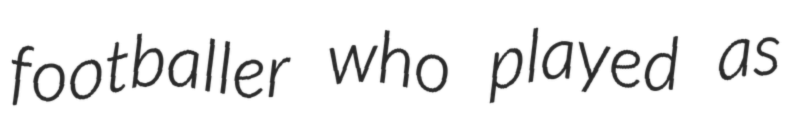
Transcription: footballer who played as